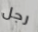
رجل